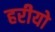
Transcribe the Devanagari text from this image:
हरीयो